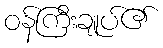
ဝန်ကြီးချုပ်၏